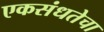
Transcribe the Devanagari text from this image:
एकसंधतेचा